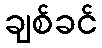
ချစ်ခင်